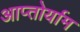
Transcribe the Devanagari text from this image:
आप्‍तोर्याम